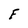
Character: F